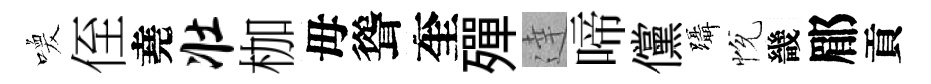
喚侄堯壮枷母聳奎殫達啼儻躡恱畿郿貢